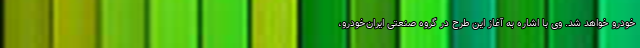
خودرو خواهد شد. وی با اشاره به آغاز این طرح در گروه صنعتی ایران‌خودرو،